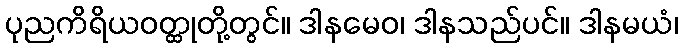
ပုညကိရိယဝတ္ထုတို့တွင်။ ဒါနမေဝ၊ ဒါနသည်ပင်။ ဒါနမယံ၊